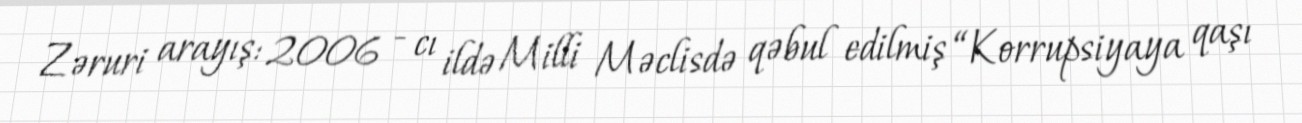
Zəruri arayış: 2006 - cı ildə Milli Məclisdə qəbul edilmiş “Korrupsiyaya qaşı